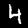
Label: 4